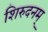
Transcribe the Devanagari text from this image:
शिरुदनम्